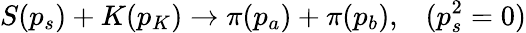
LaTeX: S(p_{s})+K(p_{K})\rightarrow\pi(p_{a})+\pi(p_{b}),\; \; \; (p_{s}^{2}=0)